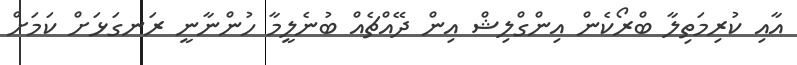
އާއި ކުރިމަތިލާ ބްރޯކެން އިންގްލިޝް އިން ދޭއްޗެއް ބުނެލީމާ ހުންނާނީ ރަނގަޅަށް ކަމަށް